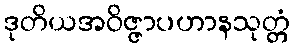
ဒုတိယအဝိဇ္ဇာပဟာနသုတ္တံ